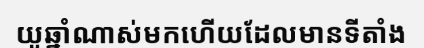
យូឆ្នាំណាស់មកហើយដែលមានទីតាំង